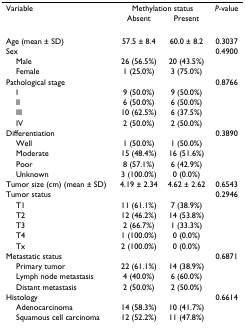
<table><thead><tr><td><b>Variable</b></td><td colspan="2"><b>Methylation status</b></td><td><b><i>P</i>-value</b></td></tr><tr><td></td><td><b>Absent</b></td><td><b>Present</b></td><td></td></tr></thead><tbody><tr><td>Age (mean ± SD)</td><td>57.5 ± 8.4</td><td>60.0 ± 8.2</td><td>0.3037</td></tr><tr><td>Sex</td><td></td><td></td><td>0.4900</td></tr><tr><td> Male</td><td>26 (56.5%)</td><td>20 (43.5%)</td><td></td></tr><tr><td> Female</td><td>1 (25.0%)</td><td>3 (75.0%)</td><td></td></tr><tr><td>Pathological stage</td><td></td><td></td><td>0.8766</td></tr><tr><td> I</td><td>9 (50.0%)</td><td>9 (50.0%)</td><td></td></tr><tr><td> II</td><td>6 (50.0%)</td><td>6 (50.0%)</td><td></td></tr><tr><td> III</td><td>10 (62.5%)</td><td>6 (37.5%)</td><td></td></tr><tr><td> IV</td><td>2 (50.0%)</td><td>2 (50.0%)</td><td></td></tr><tr><td>Differentiation</td><td></td><td></td><td>0.3890</td></tr><tr><td> Well</td><td>1 (50.0%)</td><td>1 (50.0%)</td><td></td></tr><tr><td> Moderate</td><td>15 (48.4%)</td><td>16 (51.6%)</td><td></td></tr><tr><td> Poor</td><td>8 (57.1%)</td><td>6 (42.9%)</td><td></td></tr><tr><td> Unknown</td><td>3 (100.0%)</td><td>0 (0.0%)</td><td></td></tr><tr><td>Tumor size (cm) (mean ± SD)</td><td>4.19 ± 2.34</td><td>4.62 ± 2.62</td><td>0.6543</td></tr><tr><td>Tumor status</td><td></td><td></td><td>0.2946</td></tr><tr><td> T1</td><td>11 (61.1%)</td><td>7 (38.9%)</td><td></td></tr><tr><td> T2</td><td>12 (46.2%)</td><td>14 (53.8%)</td><td></td></tr><tr><td> T3</td><td>2 (66.7%)</td><td>1 (33.3%)</td><td></td></tr><tr><td> T4</td><td>1 (100.0%)</td><td>0 (0.0%)</td><td></td></tr><tr><td> Tx</td><td>2 (100.0%)</td><td>0 (0.0%)</td><td></td></tr><tr><td>Metastatic status</td><td></td><td></td><td>0.6871</td></tr><tr><td> Primary tumor</td><td>22 (61.1%)</td><td>14 (38.9%)</td><td></td></tr><tr><td> Lymph node metastasis</td><td>4 (40.0%)</td><td>6 (60.0%)</td><td></td></tr><tr><td> Distant metastasis</td><td>2 (50.0%)</td><td>2 (50.0%)</td><td></td></tr><tr><td>Histology</td><td></td><td></td><td>0.6614</td></tr><tr><td> Adenocarcinoma</td><td>14 (58.3%)</td><td>10 (41.7%)</td><td></td></tr><tr><td> Squamous cell carcinoma</td><td>12 (52.2%)</td><td>11 (47.8%)</td><td></td></tr></tbody></table>